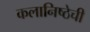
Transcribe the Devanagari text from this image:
कलानिष्ठेची